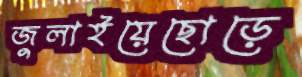
জুলাইয়েছোড়ে